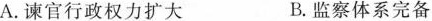
A.谏官行政权力扩大B.监察体系完备